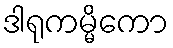
ဒါရုကမ္မိကော